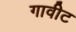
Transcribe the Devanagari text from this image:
गावीट